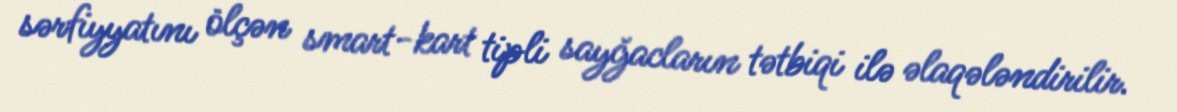
sərfiyyatını ölçən smart-kart tipli sayğacların tətbiqi ilə əlaqələndirilir.